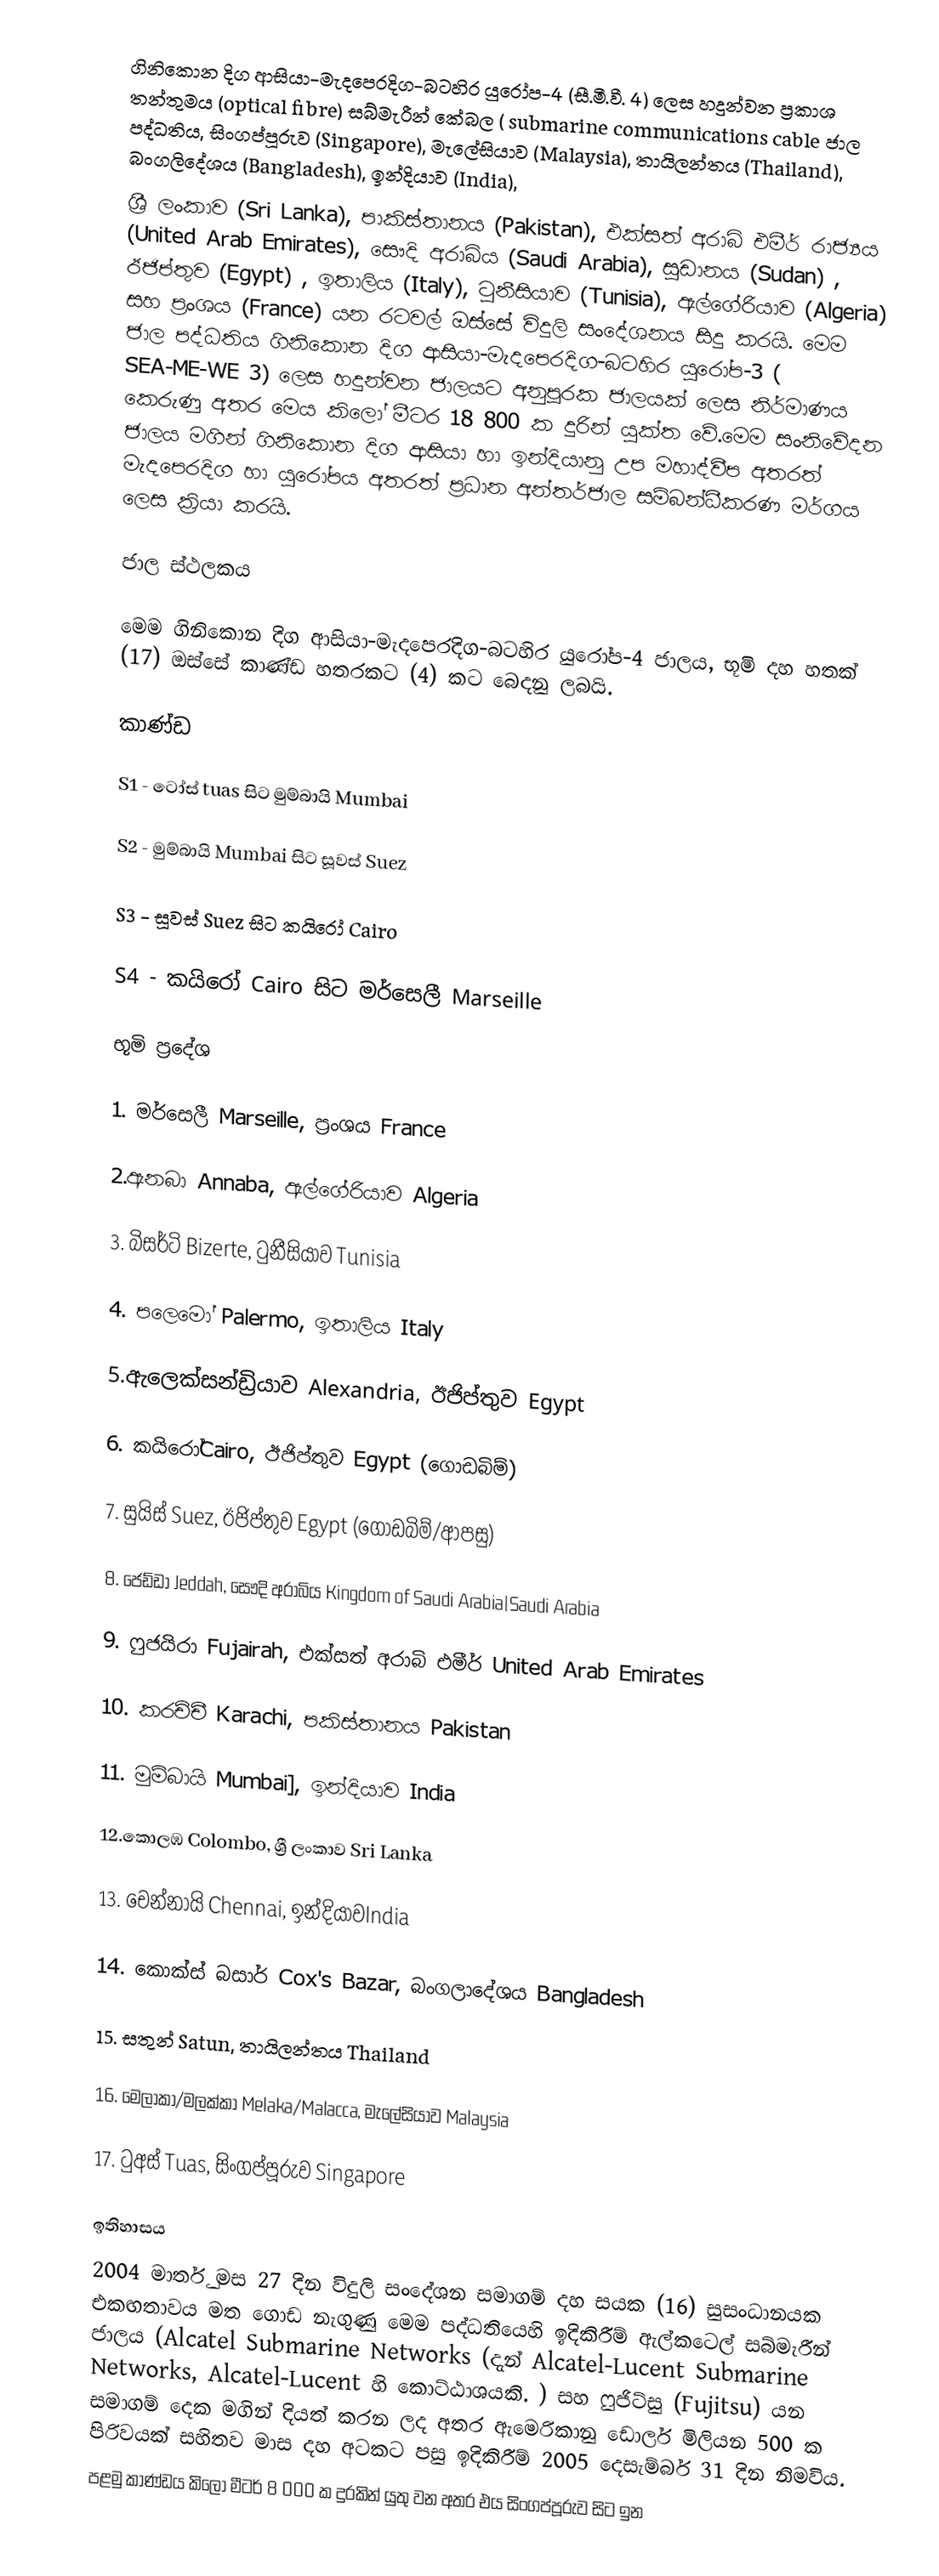
ගිනිකොන දිග ආසියා-මැදපෙරදිග-බටහිර යුරෝප-4 (සී.මී.වී. 4) ලෙස හදුන්වන ප්‍රකාශ තන්තුමය (optical fibre)  සබ්මැරීන් කේබල ( submarine communications cable ජාල පද්ධතිය, සිංගප්පූරුව (Singapore), මැලේසියාව (Malaysia), තායිලන්තය (Thailand), බංගලිදේශය (Bangladesh), ඉන්දියාව (India),
ශ්‍රී ලංකාව (Sri Lanka), පාකිස්තානය (Pakistan), එක්සත් අරාබි එමීර් රාජ්‍යය (United Arab Emirates), සෞදි අරාබිය (Saudi Arabia), සූඩානය (Sudan) , ඊජිප්තුව (Egypt) , ඉතාලිය (Italy), ටුනීසියාව (Tunisia), ඇල්ගේරියාව (Algeria) සහ ප්‍රංශය (France) යන රටවල් ඔස්සේ විදුලි සංදේශනය සිදු කරයි.  මෙම ජාල පද්ධතිය ගිනිකොන දිග ආසියා-මැදපෙරදිග-බටහිර යුරෝප-3 ( SEA-ME-WE 3) ලෙස හදුන්වන ජාලයට අනුපූරක ජාලයක් ලෙස නිර්මාණය කෙරුණු අතර මෙය කිලෝ මීටර 18 800 ක දුරින් යුක්ත වේ.මෙම සංනිවේදන ජාලය මගින් ගිනිකොන දිග ආසියා හා ඉන්දියානු උප මහාද්වීප අතරත් මැදපෙරදිග හා යුරෝපය අතරත් ප්‍රධාන අන්තර්ජාල සම්බන්ධීකරණ මර්ගය ලෙස ක්‍රියා කරයි.

ජාල ස්ථලකය

මෙම ගිනිකොන දිග ආසියා-මැදපෙරදිග-බටහිර යුරෝප-4  ජාලය, භූමි දහ හතක් (17) ඔස්සේ කාණ්ඩ හතරකට (4) කට බෙදනු ලබයි.

කාණ්ඩ

S1 - ටෝස් tuas සිට මුම්බායි Mumbai

S2 - මුම්බායි Mumbai සිට සූවස් Suez

S3 - සූවස්  Suez සිට කයිරෝ Cairo

S4 - කයිරෝ Cairo සිට මර්සෙලී Marseille

භූමි ප්‍රදේශ

1. මර්සෙලී Marseille, ප්‍රංශය France

2.ඇනබා Annaba,  ඇල්ගේරියාව Algeria

3. බිසර්ටි Bizerte, ටුනීසියාව Tunisia

4. පලෙමෝ Palermo, ඉතාලිය Italy

5.ඇලෙක්සන්ඩ්‍රියාව Alexandria, ඊජිප්තුව Egypt

6. කයිරෝCairo, ඊජිප්තුව Egypt (ගොඩබිම්)

7. සුයිස් Suez, ඊජිප්තුව Egypt (ගොඩබිම්/ආපසු)

8. ජෙඩ්ඩා Jeddah, සෞදි අරාබිය Kingdom of Saudi Arabia|Saudi Arabia

9. ෆුජයිරා Fujairah, එක්සත් අරාබි එමීර් United Arab Emirates

10. කරච්චී Karachi, පකිස්තානය Pakistan

11. මුම්බායි Mumbai], ඉන්දියාව India

12.කොලඹ Colombo, ශ්‍රී ලංකාව Sri Lanka

13. චෙන්නායි Chennai,  ඉන්දියාවIndia

14. කොක්ස් බසාර් Cox's Bazar, බංගලාදේශය Bangladesh

15. සතුන් Satun, තායිලන්තය Thailand

16. මෙලාකා/මලක්කා Melaka/Malacca, මැලේසියාව Malaysia

17. ටුඅස් Tuas, සිංගප්පූරුව Singapore

ඉතිහාසය
2004 මාර්තු මස 27 දින විදුලි සංදේශන සමාගම් දහ සයක (16) සුසංධානයක එකඟතාවය මත  ගොඩ නැගුණු මෙම පද්ධතියෙහි  ඉදිකිරීම් ඇල්කටෙල් සබ්මැරීන් ජාලය (Alcatel Submarine Networks (දැන් Alcatel-Lucent Submarine Networks, Alcatel-Lucent හි කොට්ඨාශයකි. )  සහ ෆුජිට්සු (Fujitsu)  යන සමාගම් දෙක මගින් දියත් කරන ලද අතර ඇමෙරිකානු ඩොලර් මිලියන 500 ක පිරිවයක් සහිතව මාස දහ අටකට පසු ඉදිකිරීම්  2005 දෙසැම්බර් 31 දින නිමවිය.
පළමු කාණ්ඩය කිලෝ මීටර් 8 000 ක දුරකින් යුතු වන අතර එය සිංගප්පූරුව සිට ඉන